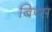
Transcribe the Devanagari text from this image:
बिप्स